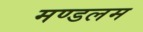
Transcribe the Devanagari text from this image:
मण्डलम